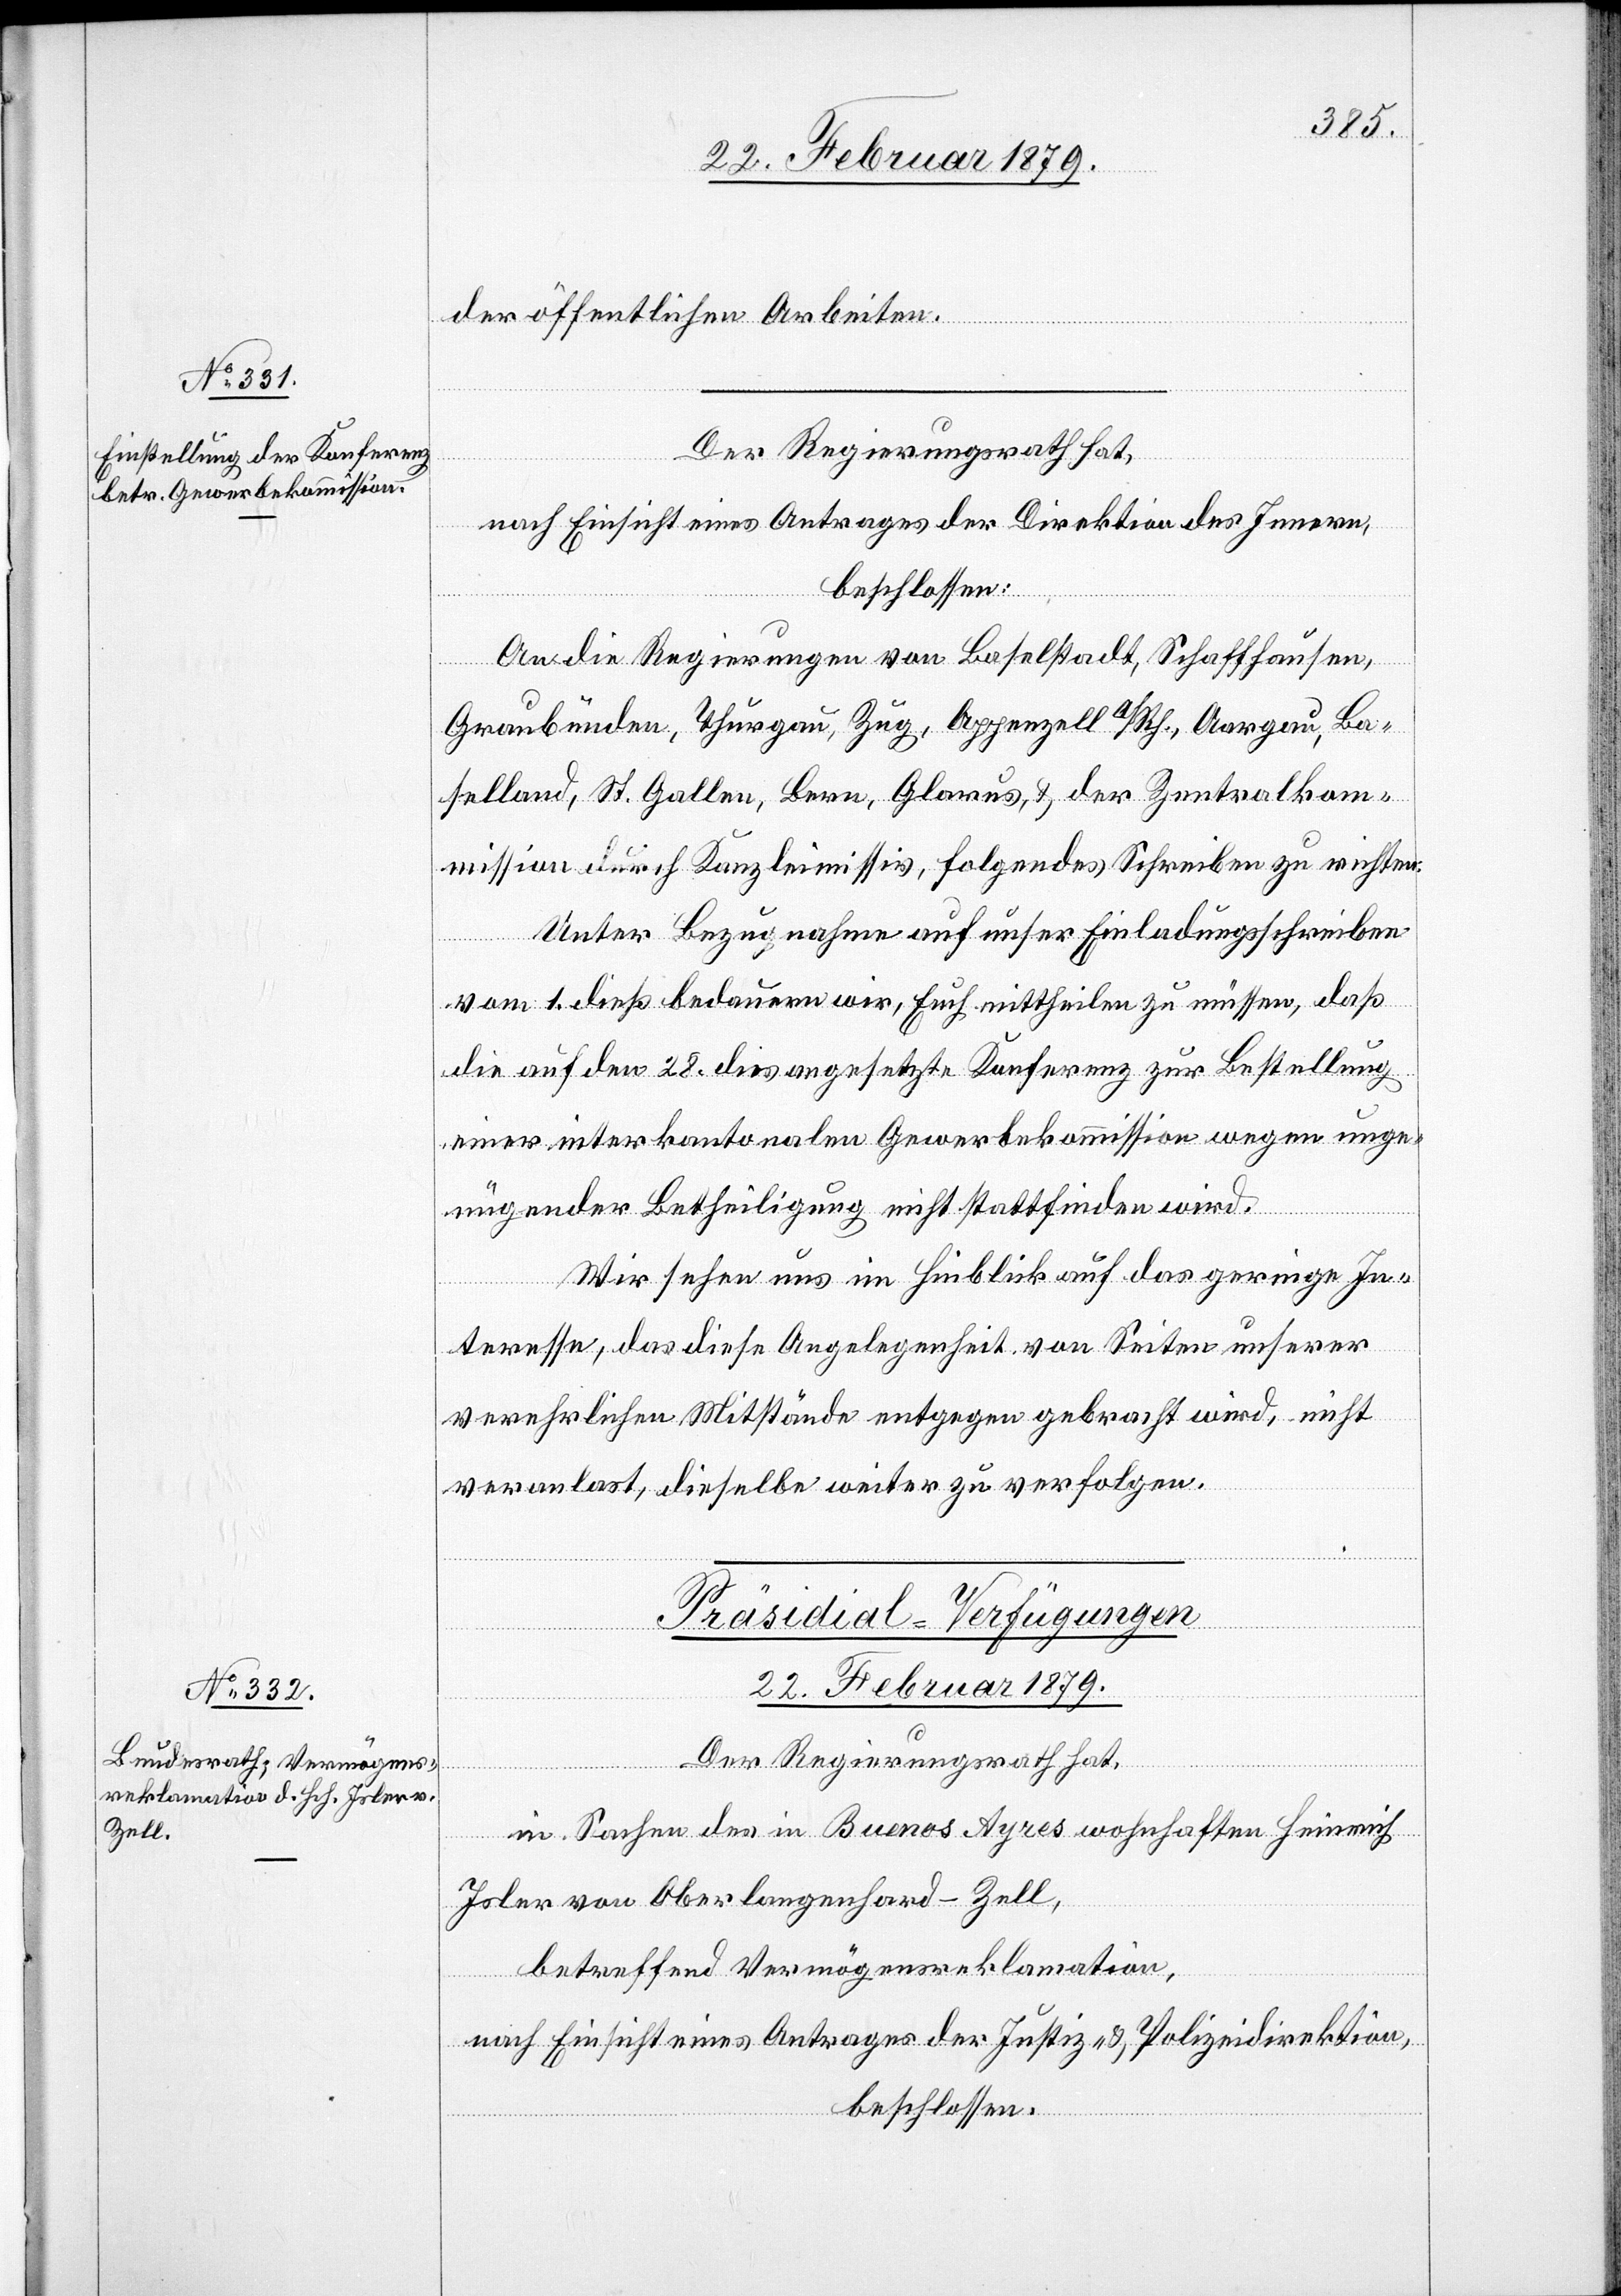
der öffentlichen Arbeiten.
Der Regierungsrath hat,
nach Einsicht eines Antrages der Direktion des Innern,
beschlossen:
An die Regierungen von Baselstadt, Schaffhausen,
Graubünden, Thurgau, Zug, Appenzell a/Rh., Aargau, Ba¬
selland, St. Gallen, Bern, Glarus, & der Zentralkom¬
mission durch Kanzleimissiv, folgendes Schreiben zu richten:
Unter Bezugnahme auf unser Einladungsschreiben
vom 1. dieß bedauern wir, Euch mittheilen zu müssen, daß
die auf den 28. dies angesetzte Konferenz zur Bestellung
einer interkantonalen Gewerbekommission wegen unge¬
nügender Betheiligung nicht stattfinden wird.
Wir sehen uns im Hinblick auf das geringe In¬
teresse, das diese [sic!] Angelegenheit von Seiten unserer
verehrlichen Mitstände entgegen gebracht wird, nicht
veranlast [sic!], dieselbe weiter zu verfolgen.
Präsidial-Verfügungen
22. Februar 1879.
Der Regierungsrath hat,
in Sachen des in Buenos Ayres wohnhaften Heinrich
Isler von Oberlangenhard - Zell,
nach Einsicht eines Antrages der Justiz- & Polizeidirektion,
beschlossen: